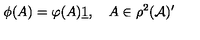
\phi ( A ) = \varphi ( A ) \underline { { 1 } } , \quad A \in \rho ^ { 2 } ( \mathcal { A } ) ^ { \prime }